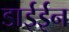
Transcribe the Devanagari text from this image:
डाईईन